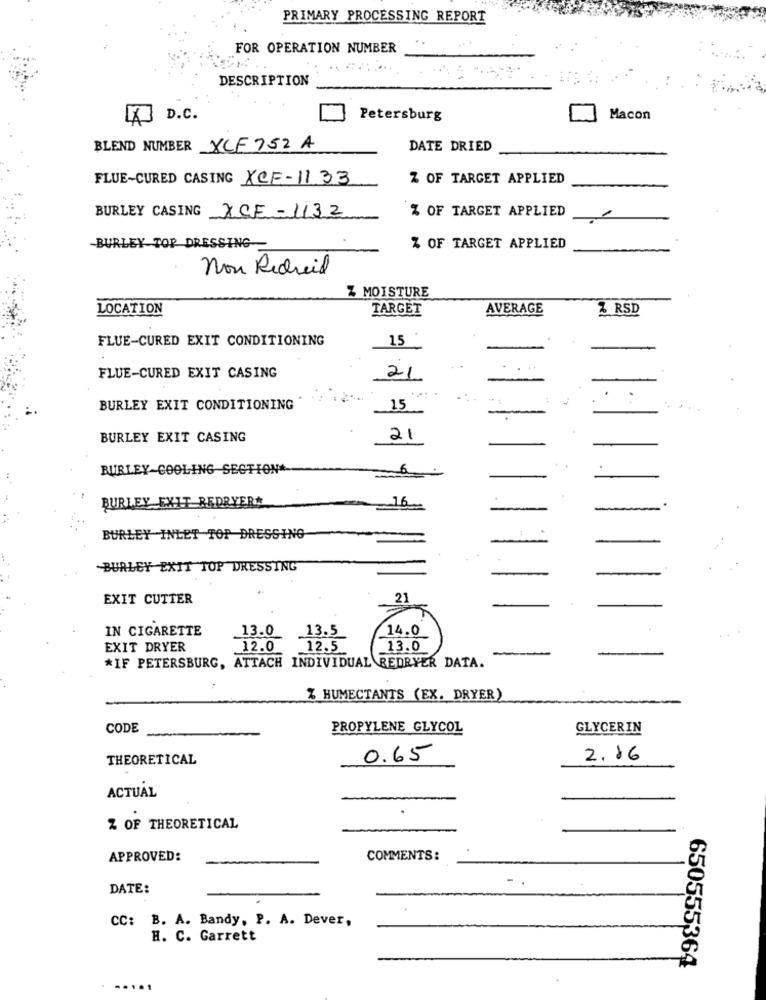
PRIMARY PROCESSING REPORT
FOR OPERATION NUMBER
DESCRIPTION
KD.C.
Petersburg
Macon
BLEND NUMBER XCF 752 A
DATE DRIED
FLUE-CURED CASING XCF-1133
Z OF TARGET APPLIED
% OF TARGET APPLIED
1
BURLEY CASING XCE-1132
BURLEY TOP DRESSING
Z OF TARGET APPLIED
non Redreid
Z MOISTURE
LOCATION
TARGET
AVERAGE
Z RSD
FLUE-CURED EXIT CONDITIONING
15
FLUE-CURED EXIT CASING
21
BURLEY EXIT CONDITIONING
15
BURLEY EXIT CASING
21
BURLEY COOLING SECTION*
=
BURLEY EXIT REDRYERA
16
BURLEY INLET TOP DRESSING
BURLEY EXIT TOP DRESSING
EXIT CUTTER
21
IN CIGARETTE
13.0
13.5
14.0
EXIT DRYER
12.0
12.5
13.0
*IF PETERSBURG, ATTACH INDIVIDUAL REDRYER DATA.
Z HUMECTANTS (EX. DRYER)
CODE
PROPYLENE GLYCOL
GLYCERIN
THEORETICAL
0.65
2.16
ACTUAL
.
Z OF THEORETICAL
APPROVED:
COMMENTS:
DATE:
CC: B. A. Bandy, P. A. Dever,
H. C. Garrett
650555364